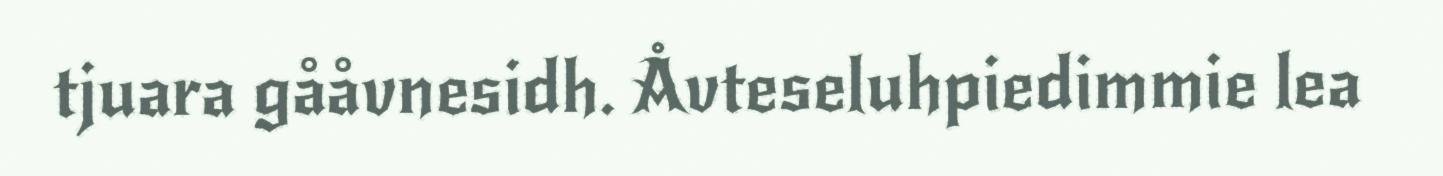
tjuara gååvnesidh. Åvteseluhpiedimmie lea